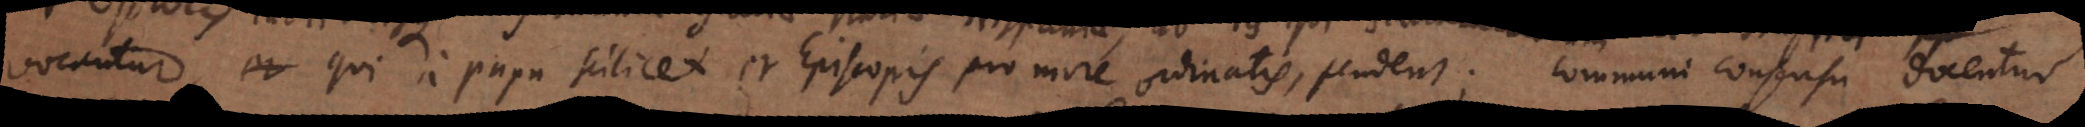
vocantur, et qui a Papa scilicet et Episcopis pro more ordinatis, pendent; communi consensu docetur.